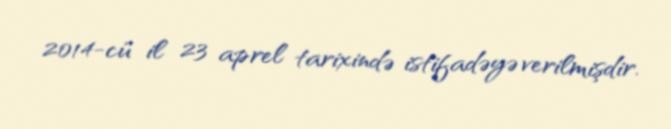
2014-cü il 23 aprel tarixində istifadəyə verilmişdir.